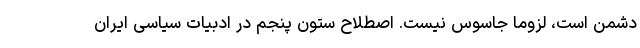
دشمن است، لزوما جاسوس نیست. اصطلاح ستون پنجم در ادبیات سیاسی ایران